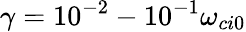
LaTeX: \gamma=10^{-2}-10^{-1}\omega_{ci0}